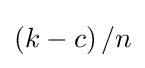
\left(k-c\right)/n